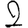
Digit: 2